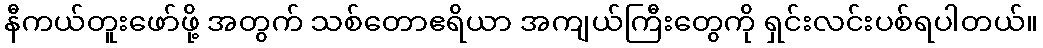
နီကယ်တူးဖော်ဖို့ အတွက် သစ်တောဧရိယာ အကျယ်ကြီးတွေကို ရှင်းလင်းပစ်ရပါတယ်။